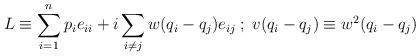
LaTeX: \begin{align*}L \equiv \sum_{i = 1}^{n} p_i e_{ii} + i \sum_{ i \neq j} w(q_i -q_j)e_{ij} \; ; \; v(q_i - q_j) \equiv w^2 (q_i - q_j)\end{align*}